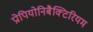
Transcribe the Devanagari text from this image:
प्रोपियोनिबैक्टिरियम